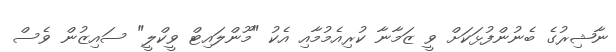
ނާޝިރުގެ ބެނުންފުޅަކަށް ވީ ޒަމާނާ ކުރިއެމުމާއި އެކު "މޫންލައިޓް ވީކްލީ" ސައިޒުން ވެސް